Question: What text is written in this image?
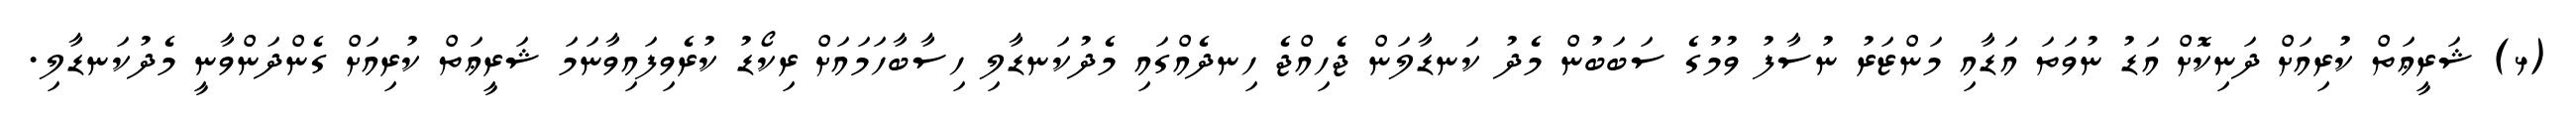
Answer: (ޅ) ޝަރީޢަތް ކުރިއަށް ދަނިކޮށް އަޑު ނުވަތަ އަޑާއި މަންޒަރު ނުސާފު ވުމުގެ ސަބަބުން މެދު ކަނޑާލަން ޖެހިއްޖެ ހިނދެއްގައި މެދުކަނޑާލި ހިސާބާހަމައަށް ރިކޯޑު ކުރެވިފައިވާނަމަ ޝަރީޢަތް ކުރިއަށް ގެންދަންވާނީ މެދުކަނޑާލި.